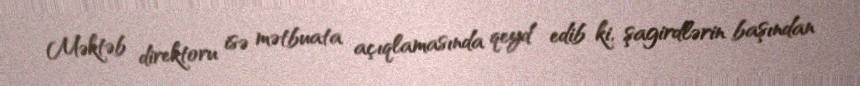
Məktəb direktoru isə mətbuata açıqlamasında qeyd edib ki, şagirdlərin başından